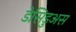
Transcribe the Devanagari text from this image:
डेसिडुअस